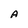
Character: A